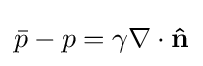
{\bar {p}}-p=\gamma \nabla \cdot \mathbf {\hat {n}}